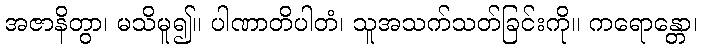
အဇာနိတွာ၊ မသိမူ၍။ ပါဏာတိပါတံ၊ သူအသက်သတ်ခြင်းကို။ ကရောန္တော၊